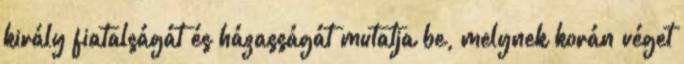
király fiatalságát és házasságát mutatja be, melynek korán véget